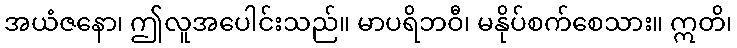
အယံဇနော၊ ဤလူအပေါင်းသည်။ မာပရိဘဝီ၊ မနိုပ်စက်စေသား။ ဣတိ၊